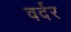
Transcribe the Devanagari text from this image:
वर्दर